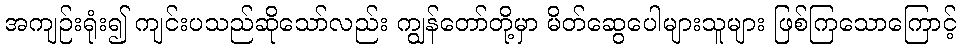
အကျဉ်းရုံး၍ ကျင်းပသည်ဆိုသော်လည်း ကျွန်တော်တို့မှာ မိတ်ဆွေပေါများသူများ ဖြစ်ကြသောကြောင့်